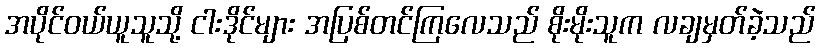
အပိုင်ဝယ်ယူသူသို့ ငါးဒိုင်များ အပြစ်တင်ကြလေသည် စိုးမိုးသူက လချမှတ်ခဲ့သည်